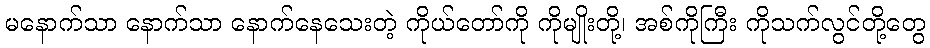
မနောက်သာ နောက်သာ နောက်နေသေးတဲ့ ကိုယ်တော်ကို ကိုမျိုးတို့၊ အစ်ကိုကြီး ကိုသက်လွင်တို့တွေ